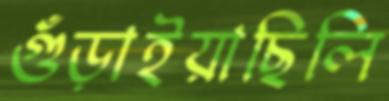
গুঁড়াইয়াছিলি